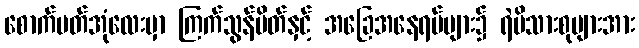
စောက်ပတ်အုံလေးမှာ ကြက်သွန်မိတ်နှင့် အခြေအနေရပ်များ၌ ရဲမိသားစုများအား